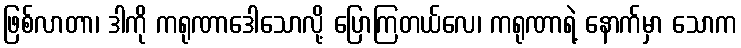
ဖြစ်လာတာ၊ ဒါကို ကရုဏာဒေါသောလို့ ပြောကြတယ်လေ၊ ကရုဏာရဲ့ နောက်မှာ သောက